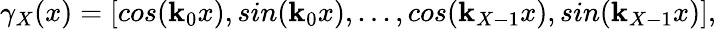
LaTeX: \gamma_{X}(x)=[cos(\mathbf{k}_{0}x),sin(\mathbf{k}_{0}x),...,cos(\mathbf{k}_{X-1}x),sin(\mathbf{k}_{X-1}x)],